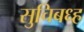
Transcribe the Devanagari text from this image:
सुचिबध्ह